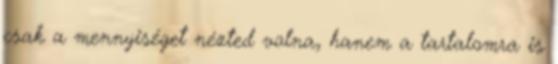
csak a mennyiséget nézted volna, hanem a tartalomra is